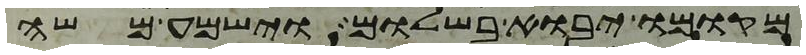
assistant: מקומו יבוא בשלום וישמע משה